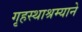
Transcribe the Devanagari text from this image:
गृहस्थाश्रम्याने